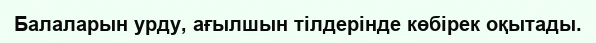
Балаларын урду, ағылшын тілдерінде көбірек оқытады.